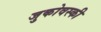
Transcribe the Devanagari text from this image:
जुकोवस्की